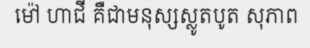
ម៉ៅ ហាជី គឺជាមនុស្សស្លូតបូត សុភាព